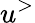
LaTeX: u^{>}